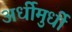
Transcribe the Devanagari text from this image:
अर्धीमुर्धी